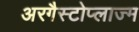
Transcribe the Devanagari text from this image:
अरगैस्टोप्लाज्म